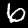
Digit: 6